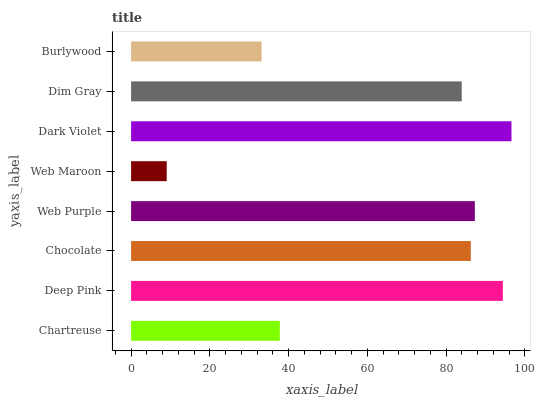
| yaxis_label | bars |
 | --- | --- |
 | Chartreuse | 37.8 |
 | Deep Pink | 94.4 |
 | Chocolate | 86.3 |
 | Web Purple | 87.3 |
 | Web Maroon | 9.05 |
 | Dark Violet | 96.6 |
 | Dim Gray | 84 |
 | Burlywood | 33.2 |